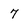
Character: 7